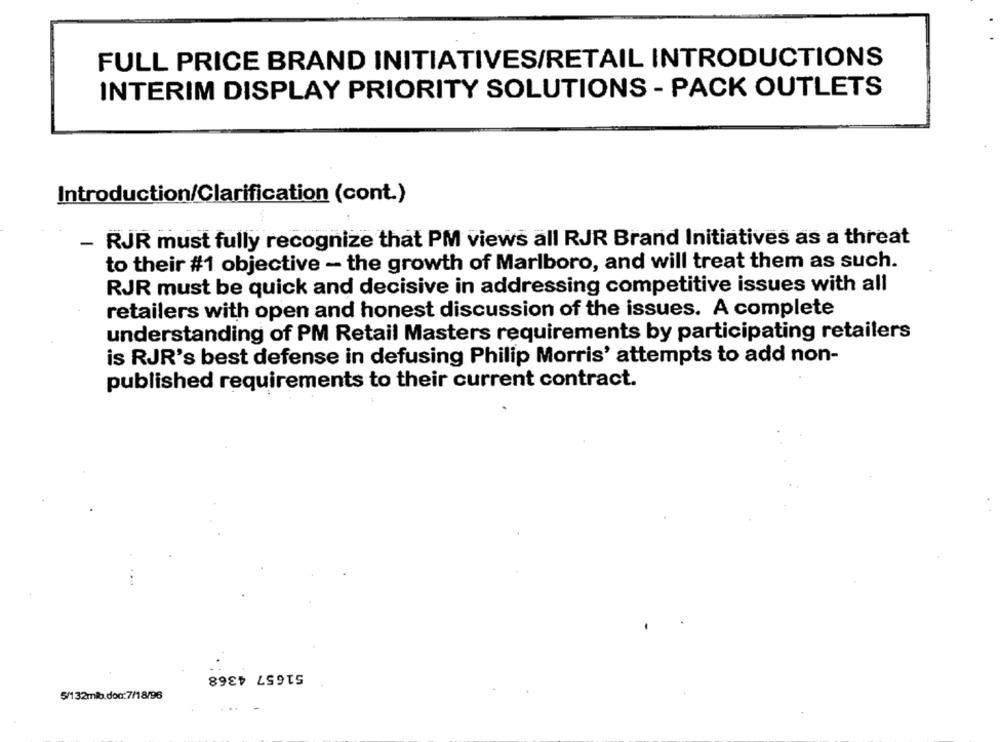
FULL PRICE BRAND INITIATIVES/RETAIL INTRODUCTIONS
INTERIM DISPLAY PRIORITY SOLUTIONS - PACK OUTLETS
Introduction/Clarification (cont.)
- RJR must fully recognize that PM views all RJR Brand Initiatives as a threat
to their #1 objective - the growth of Marlboro, and will treat them as such.
RJR must be quick and decisive in addressing competitive issues with all
retailers with open and honest discussion of the issues. A complete
understanding of PM Retail Masters requirements by participating retailers
is RJR's best defense in defusing Philip Morris' attempts to add non-
published requirements to their current contract.
51657 4368
5/132mio.doc:7/18/96